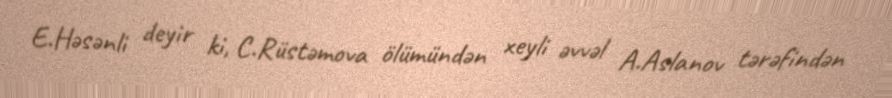
E.Həsənli deyir ki, C.Rüstəmova ölümündən xeyli əvvəl A.Aslanov tərəfindən